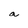
Character: a